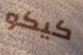
كيكو